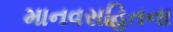
માનવસહિતના